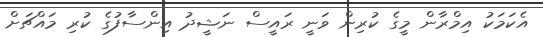
އެކަމަކު އިމްރާން މީގެ ކުރިން ވަނީ ރައީސް ނަޝީދު އިންސާފުގެ ކުރި މައްޗަށް